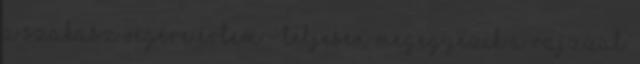
a szakasz végére értem - teljesen megegyezik a rajzzal.